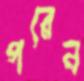
পরেন